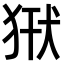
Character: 𤞿